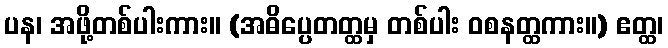
ပန၊ အဖို့တစ်ပါးကား။ (အဓိပ္ပေတတ္ထမှ တစ်ပါး ဝစနတ္ထကား။) ဧတ္ထ၊